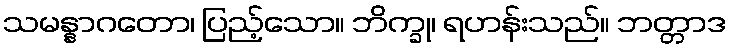
သမန္နာဂတော၊ ပြည့်သော။ ဘိက္ခု၊ ရဟန်းသည်။ ဘတ္တာဒ